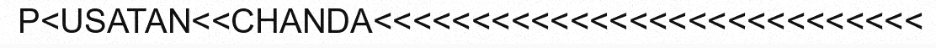
P<USATAN<<CHANDA<<<<<<<<<<<<<<<<<<<<<<<<<<<<